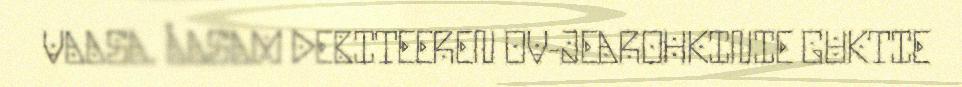
VAASA. ÅASAM DEBITEEREN OV-JEAROHKINIE GUKTIE